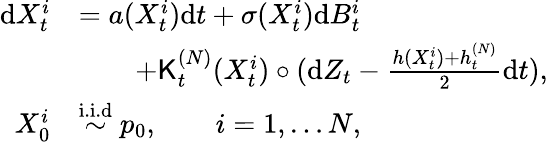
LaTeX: \begin{array}{rl}{\mathrm{d}X_{t}^{i}}&{=a(X_{t}^{i})\mathrm{d}t+\sigma(X_{t}^{i})\mathrm{d}B_{t}^{i}}\\ &{\qquad+{{\sf K}_{t}^{(N)}(X_{t}^{i})\circ(\mathrm{d}Z_{t}-\frac{h(X_{t}^{i})+{h}_{t}^{(N)}}{2}\mathrm{d}t)},}\\ {X_{0}^{i}}&{\overset{\mathrm{i.i.d}}{\sim}p_{0},\quad\quad i=1,\ldots N,}\end{array}